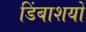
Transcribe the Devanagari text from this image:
डिंबाशयों